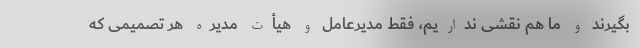
بگیرند و ما هم نقشی نداریم، فقط مدیرعامل و هیأت مدیره هر تصمیمی که